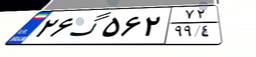
۲۶گ۵۶۲۷۲